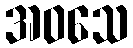
အဝသေ